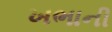
ખભાની